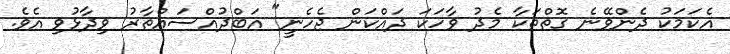
އެކަމަކު ދެންވޭނެ ގޮތްތަކާ މެދު ވާހަކަ ދައްކަން ޖެހެނީ" އަބްދުއްސައްތާރު ވިދާޅުވި އެވެ.